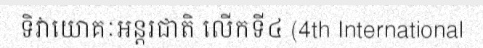
ទិវាយោគៈអន្តរជាតិ លើកទី៤ (4th International